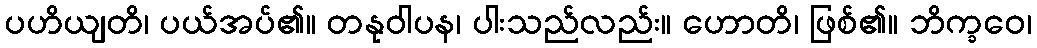
ပဟိယျတိ၊ ပယ်အပ်၏။ တနုဝါပန၊ ပါးသည်လည်း။ ဟောတိ၊ ဖြစ်၏။ ဘိက္ခဝေ၊